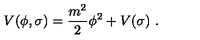
V ( \phi , \sigma ) = { \frac { m ^ { 2 } } { 2 } } \phi ^ { 2 } + V ( \sigma ) \ .